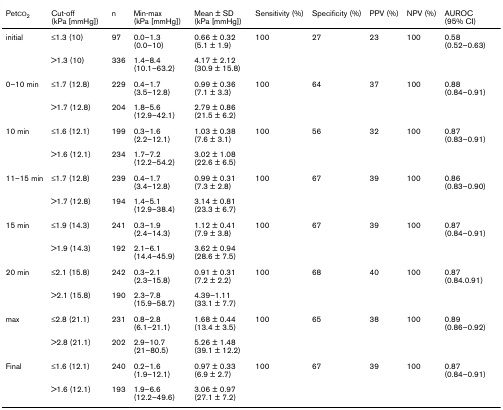
<table><thead><tr><td><b>PetCO<sub>2</sub></b></td><td><b>Cut-off (kPa [mmHg])</b></td><td><b>n</b></td><td><b>Min-max (kPa [mmHg])</b></td><td><b>Mean ± SD (kPa [mmHg])</b></td><td><b>Sensitivity (%)</b></td><td><b>Specificity (%)</b></td><td><b>PPV (%)</b></td><td><b>NPV (%)</b></td><td><b>AUROC (95% CI)</b></td></tr></thead><tbody><tr><td>initial</td><td>≤1.3 (10)</td><td>97</td><td>0.0–1.3 (0.0–10)</td><td>0.66 ± 0.32 (5.1 ± 1.9)</td><td>100</td><td>27</td><td>23</td><td>100</td><td>0.58 (0.52–0.63)</td></tr><tr><td></td><td>&gt;1.3 (10)</td><td>336</td><td>1.4–8.4 (10.1–63.2)</td><td>4.17 ± 2.12 (30.9 ± 15.8)</td><td></td><td></td><td></td><td></td><td></td></tr><tr><td>0–10 min</td><td>≤1.7 (12.8)</td><td>229</td><td>0.4–1.7 (3.5–12.8)</td><td>0.99 ± 0.36 (7.1 ± 3.3)</td><td>100</td><td>64</td><td>37</td><td>100</td><td>0.88 (0.84–0.91)</td></tr><tr><td></td><td>&gt;1.7 (12.8)</td><td>204</td><td>1.8–5.6 (12.9–42.1)</td><td>2.79 ± 0.86 (21.5 ± 6.2)</td><td></td><td></td><td></td><td></td><td></td></tr><tr><td>10 min</td><td>≤1.6 (12.1)</td><td>199</td><td>0.3–1.6 (2.2–12.1)</td><td>1.03 ± 0.38 (7.6 ± 3.1)</td><td>100</td><td>56</td><td>32</td><td>100</td><td>0.87 (0.83–0.91)</td></tr><tr><td></td><td>&gt;1.6 (12.1)</td><td>234</td><td>1.7–7.2 (12.2–54.2)</td><td>3.02 ± 1.08 (22.6 ± 6.5)</td><td></td><td></td><td></td><td></td><td></td></tr><tr><td>11–15 min</td><td>≤1.7 (12.8)</td><td>239</td><td>0.4–1.7 (3.4–12.8)</td><td>0.99 ± 0.31 (7.3 ± 2.8)</td><td>100</td><td>67</td><td>39</td><td>100</td><td>0.86 (0.83–0.90)</td></tr><tr><td></td><td>&gt;1.7 (12.8)</td><td>194</td><td>1.4–5.1 (12.9–38.4)</td><td>3.14 ± 0.81 (23.3 ± 6.7)</td><td></td><td></td><td></td><td></td><td></td></tr><tr><td>15 min</td><td>≤1.9 (14.3)</td><td>241</td><td>0.3–1.9 (2.4–14.3)</td><td>1.12 ± 0.41 (7.9 ± 3.8)</td><td>100</td><td>67</td><td>39</td><td>100</td><td>0.87 (0.84–0.91)</td></tr><tr><td></td><td>&gt;1.9 (14.3)</td><td>192</td><td>2.1–6.1 (14.4–45.9)</td><td>3.62 ± 0.94 (28.6 ± 7.5)</td><td></td><td></td><td></td><td></td><td></td></tr><tr><td>20 min</td><td>≤2.1 (15.8)</td><td>242</td><td>0.3–2.1 (2.3–15.8)</td><td>0.91 ± 0.31 (7.2 ± 2.2)</td><td>100</td><td>68</td><td>40</td><td>100</td><td>0.87 (0.84.0.91)</td></tr><tr><td></td><td>&gt;2.1 (15.8)</td><td>190</td><td>2.3–7.8 (15.9–58.7)</td><td>4.39–1.11 (33.1 ± 7.7)</td><td></td><td></td><td></td><td></td><td></td></tr><tr><td>max</td><td>≤2.8 (21.1)</td><td>231</td><td>0.8–2.8 (6.1–21.1)</td><td>1.68 ± 0.44 (13.4 ± 3.5)</td><td>100</td><td>65</td><td>38</td><td>100</td><td>0.89 (0.86–0.92)</td></tr><tr><td></td><td>&gt;2.8 (21.1)</td><td>202</td><td>2.9–10.7 (21–80.5)</td><td>5.26 ± 1.48 (39.1 ± 12.2)</td><td></td><td></td><td></td><td></td><td></td></tr><tr><td>Final</td><td>≤1.6 (12.1)</td><td>240</td><td>0.2–1.6 (1.9–12.1)</td><td>0.97 ± 0.33 (6.9 ± 2.7)</td><td>100</td><td>67</td><td>39</td><td>100</td><td>0.87 (0.84–0.91)</td></tr><tr><td></td><td>&gt;1.6 (12.1)</td><td>193</td><td>1.9–6.6 (12.2–49.6)</td><td>3.06 ± 0.97 (27.1 ± 7.2)</td><td></td><td></td><td></td><td></td><td></td></tr></tbody></table>